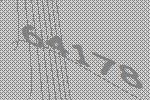
64178